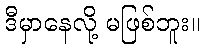
ဒီမှာနေလို့ မဖြစ်ဘူး။